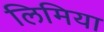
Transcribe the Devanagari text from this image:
लिमिया